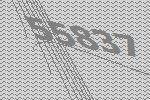
55837